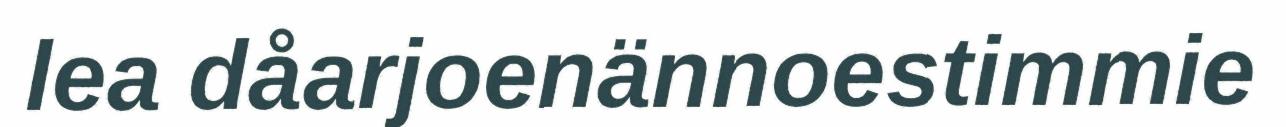
lea dåarjoenännoestimmie